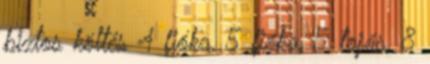
biztos költés 4 fióka, 5 fióka, 5 tojás, 8